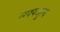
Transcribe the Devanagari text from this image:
न्ग्फ्फ्जुत्य